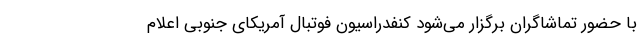
با حضور تماشاگران برگزار می‌شود کنفدراسیون فوتبال آمریکای جنوبی اعلام